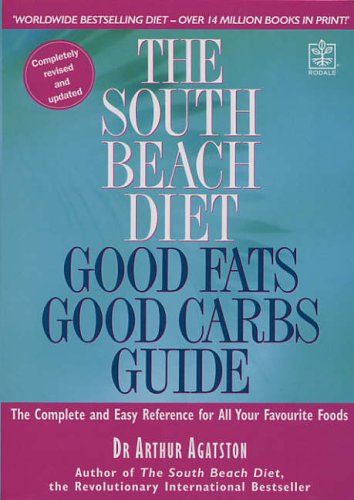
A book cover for The South Beach Diet; ARTHUR AGATSTON; Health, Fitness & Dieting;